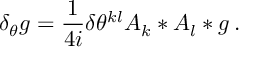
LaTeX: \delta _ { \theta } g = \frac 1 { 4 i } \delta \theta ^ { k l } A _ { k } * A _ { l } * g \, .